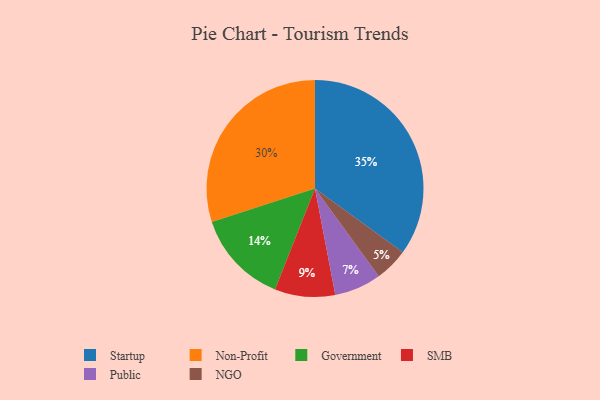
{"axis": {"x": "Category", "y": "Percentage"}, "legend": ["Government", "NGO", "Non-Profit", "Public", "SMB", "Startup"], "data": [{"x": "Startup", "y": 35, "type": "Startup"}, {"x": "Non-Profit", "y": 30, "type": "Non-Profit"}, {"x": "SMB", "y": 9, "type": "SMB"}, {"x": "Public", "y": 7, "type": "Public"}, {"x": "NGO", "y": 5, "type": "NGO"}, {"x": "Government", "y": 14, "type": "Government"}]}